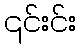
၎င်းင်း